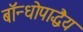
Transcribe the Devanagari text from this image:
बॉन्धोपाद्धैय